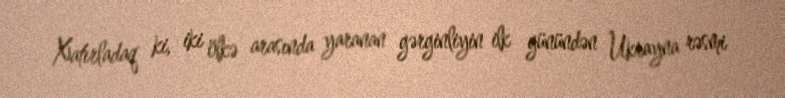
Xatırladaq ki, iki ölkə arasında yaranan gərginliyin ilk günündən Ukrayna rəsmi